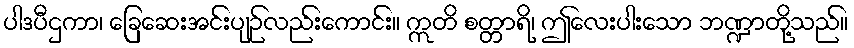
ပါဒပီဌကာ၊ ခြေဆေးအင်းပျဉ်လည်းကောင်း။ ဣတိ စတ္တာရိ၊ ဤလေးပါးသော ဘဏ္ဍာတို့သည်။